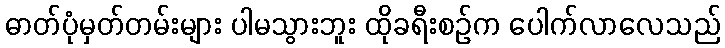
ဓာတ်ပုံမှတ်တမ်းများ ပါမသွားဘူး ထိုခရီးစဉ်က ပေါက်လာလေသည်